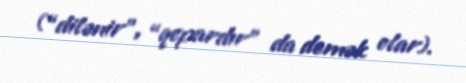
(“dilənir”, “qopardır” da demək olar).